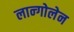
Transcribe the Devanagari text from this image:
लान्गोलेन